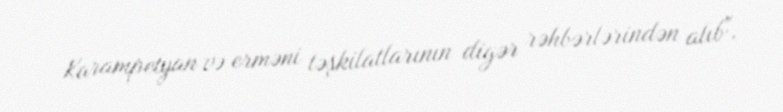
Karampetyan və erməni təşkilatlarının digər rəhbərlərindən alıb".